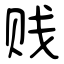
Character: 贱